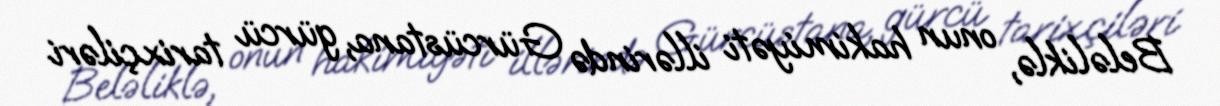
Beləliklə, onun hakimiyəti illərində Gürcüstana, gürcü tarixçiləri